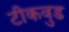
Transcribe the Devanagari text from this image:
टीकवुड